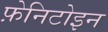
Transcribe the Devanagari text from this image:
फ़ेनिटोइन